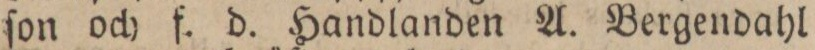
ſon och f. d. Handlanden A. Bergendahl